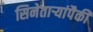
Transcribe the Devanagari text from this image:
सिनेताऱ्यांपैकी